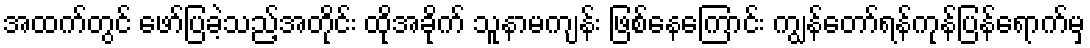
အထက်တွင် ဖော်ပြခဲ့သည့်အတိုင်း ထိုအခိုက် သူနာမကျန်း ဖြစ်နေကြောင်း ကျွန်တော်ရန်ကုန်ပြန်ရောက်မှ